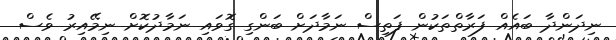
ނިދަންދާ ބައެއް ފަރާތްތަކުން ފަތިސް ނަމާދަށް ބަންގި ގޮވައި ނަމާދުކޮށް ނިމޭއިރު ވެސް